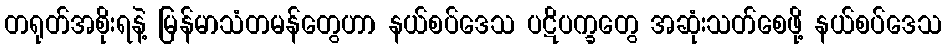
တရုတ်အစိုးရနဲ့ မြန်မာသံတမန်တွေဟာ နယ်စပ်ဒေသ ပဋိပက္ခတွေ အဆုံးသတ်စေဖို့ နယ်စပ်ဒေသ